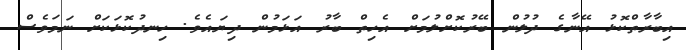
އިބާރާތްކޮޅު އޭނާގެ ދުލުން ބޭރުކޮށްލުމަށް އެހިތް ބާރު އަޅަމުން ދިޔައެވެ. ހިނދުކޮޅަކަށް ނަމަވެސް